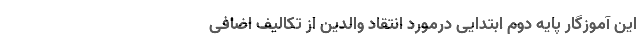
این آموزگار پایه دوم ابتدایی درمورد انتقاد والدین از تکالیف اضافی